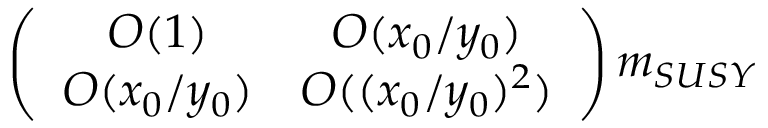
\left( \begin{array} { c c } { { O ( 1 ) } } & { { O ( x _ { 0 } / y _ { 0 } ) } } \\ { { O ( x _ { 0 } / y _ { 0 } ) } } & { { O ( ( x _ { 0 } / y _ { 0 } ) ^ { 2 } ) } } \end{array} \right) m _ { S U S Y }